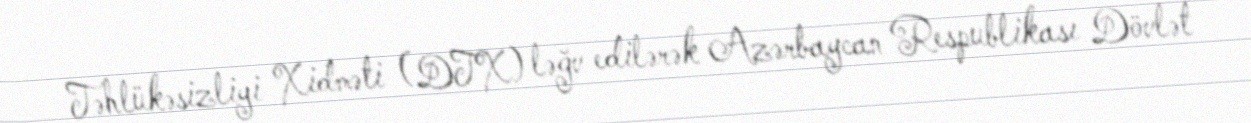
Təhlükəsizliyi Xidməti (DTX) ləğv edilərək Azərbaycan Respublikası Dövlət